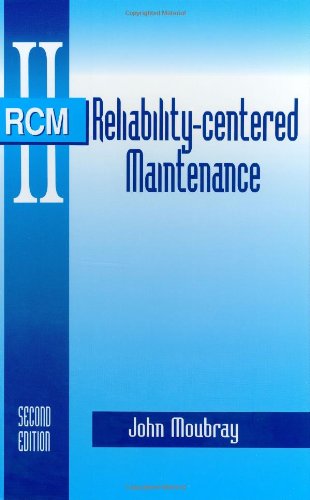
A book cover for Reliability-Centered Maintenance Second Edition; John Moubray; Business & Money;